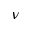
\nu